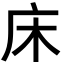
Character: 床